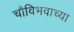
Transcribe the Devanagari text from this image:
चौविभवाच्या